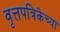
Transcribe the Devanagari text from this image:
वृत्तपत्रिकेच्या